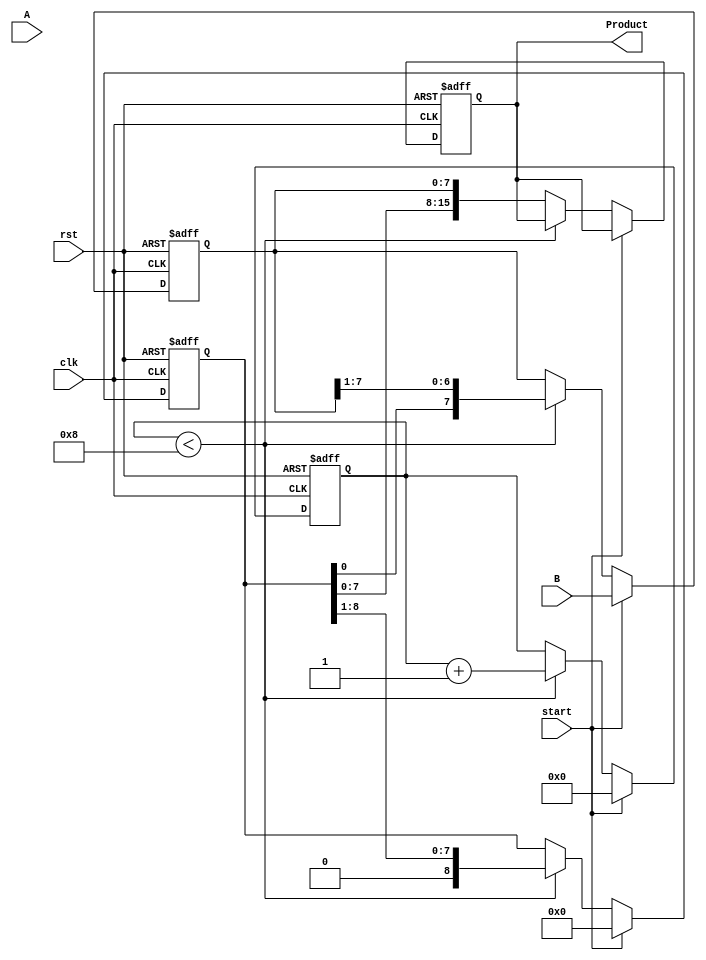
module booth_multiplier #(parameter N = 8) (
    input wire [N-1:0] A,      // Multiplicand
    input wire [N-1:0] B,      // Multiplier
    input wire start,           // Control signal to start multiplication
    input wire clk,             // Clock signal
    input wire rst,             // Reset signal
    output reg [2*N-1:0] Product // Product output
);

    reg [N-1:0] M;              // Multiplicand register
    reg [N-1:0] Q;              // Multiplier register
    reg [N:0] A_reg;            // Accumulator register (n+1 bits)
    reg Q_1;                    // Previous bit of Q
    reg [3:0] count;            // Counter for iterations

    // State machine for Booth's algorithm
    always @(posedge clk or posedge rst) begin
        if (rst) begin
            // Reset all registers
            M <= 0;
            Q <= 0;
            A_reg <= 0;
            Q_1 <= 0;
            Product <= 0;
            count <= 0;
        end else if (start) begin
            // Initialize registers
            M <= A;                  // Load multiplicand
            Q <= B;                  // Load multiplier
            A_reg <= 0;              // Clear accumulator
            Q_1 <= 0;                // Clear previous Q bit
            count <= 0;              // Reset iteration counter
        end else if (count < N) begin
            // Booth's algorithm logic
            case ({Q[0], Q_1})
                2'b01: A_reg <= A_reg + M; // Add M to A_reg
                2'b10: A_reg <= A_reg - M; // Subtract M from A_reg
                default: ;                 // Do nothing for 00 and 11
            endcase

            // Arithmetic right shift
            {A_reg, Q} <= {A_reg, Q} >> 1; // Shift right (A_reg, Q)
            Q_1 <= Q[0];                   // Update Q-1 with the last bit of Q
            count <= count + 1;           // Increment the count
        end else begin
            // Store the final product
            Product <= {A_reg, Q};         // Combine A_reg and Q for final product
        end
    end
endmodule